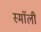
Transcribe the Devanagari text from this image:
स्माॅली